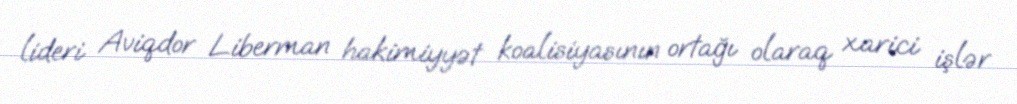
lideri Aviqdor Liberman hakimiyyət koalisiyasının ortağı olaraq xarici işlər